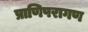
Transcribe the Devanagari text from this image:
प्राणिपरागण